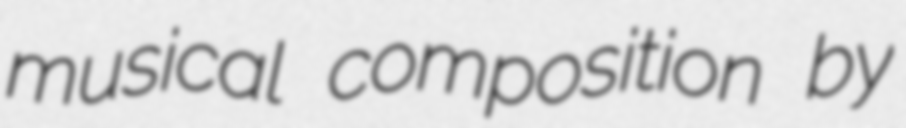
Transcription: musical composition by